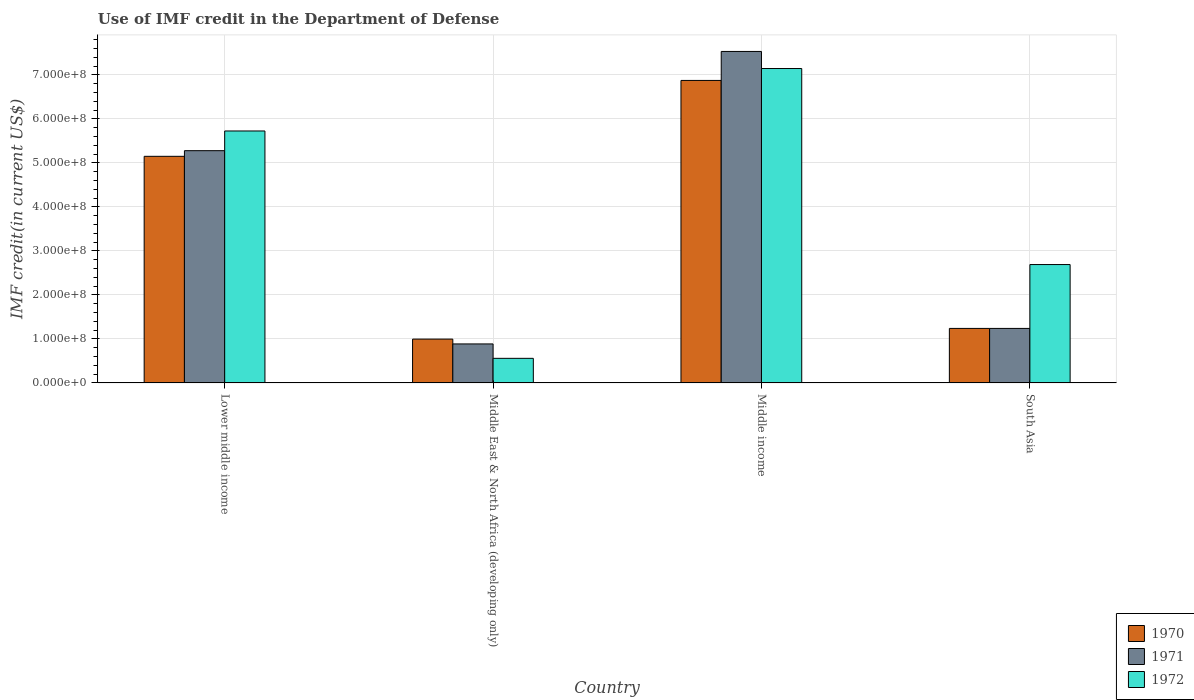
| Country | 1970 | 1971 | 1972 |
 | --- | --- | --- | --- |
 | Lower middle income | 5.15e+08 | 5.28e+08 | 5.73e+08 |
 | Middle East & North Africa (developing only) | 9.96e+07 | 8.86e+07 | 5.59e+07 |
 | Middle income | 6.87e+08 | 7.53e+08 | 7.14e+08 |
 | South Asia | 1.24e+08 | 1.24e+08 | 2.69e+08 |